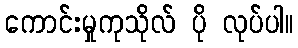
ကောင်းမှုကုသိုလ် ပို လုပ်ပါ။